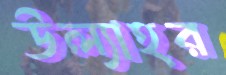
উল্যাহর